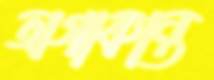
অগাকান্ত